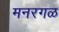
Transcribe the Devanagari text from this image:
मनरगळ